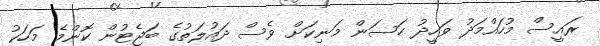
ރައީސް މުހައްމަދު ވަހީދު ހަސަން މަނިކަށް ވެސް ދައުލަތުގެ ބަޖެޓުން ކޮންމެ މަހަކު